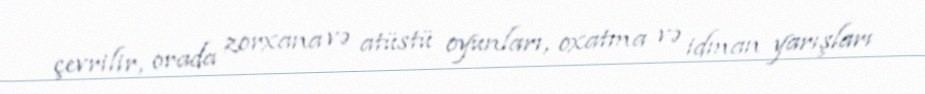
çevrilir, orada zorxana və atüstü oyunları, oxatma və idman yarışları